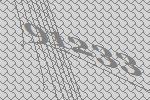
91233